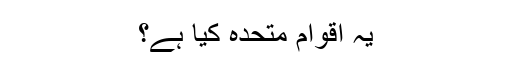
یہ اقوام متحدہ کیا ہے؟